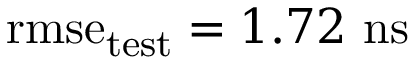
\mathrm { r m s e } _ { \mathrm { t e s t } } = 1 . 7 2 ~ \mathrm { n s }